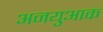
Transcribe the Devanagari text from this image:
अनयुआक